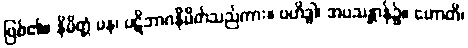
ဖြစ်၏။ နိမိတ္တံ ပန၊ ပဋိဘာဂနိမိတ်သည်ကား။ ဗဟိဒ္ဓါ၊ အပသန္တာန်၌။ ဟောတိ၊